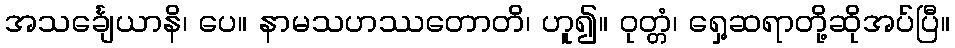
အသင်္ချေယာနိ၊ ပေ။ နာမသဟဿတောတိ၊ ဟူ၍။ ဝုတ္တံ၊ ရှေ့ဆရာတို့ဆိုအပ်ပြီ။